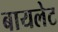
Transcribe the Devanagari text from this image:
बायलेट